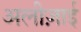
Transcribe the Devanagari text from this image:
अलीज़ाई